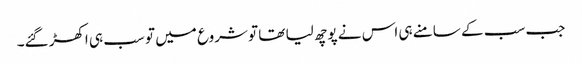
جب سب کے سامنے ہی اس نے پوچھ لیا تھا تو شروع میں تو سب ہی اکھڑ گئے۔